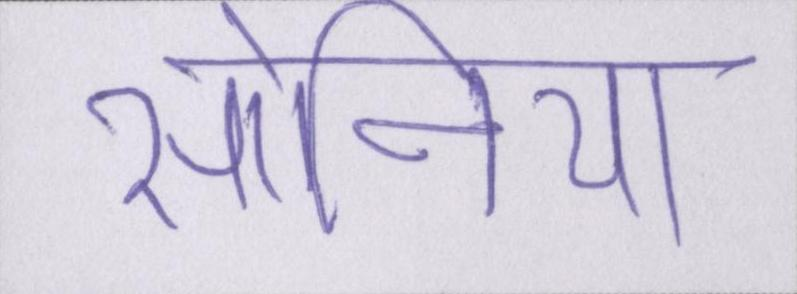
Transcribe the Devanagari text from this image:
सोनिया